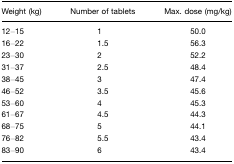
<table><thead><tr><td><b>Weight (kg)</b></td><td><b>Number of tablets</b></td><td><b>Max. dose (mg/kg)</b></td></tr></thead><tbody><tr><td>12–15</td><td>1</td><td>50.0</td></tr><tr><td>16–22</td><td>1.5</td><td>56.3</td></tr><tr><td>23–30</td><td>2</td><td>52.2</td></tr><tr><td>31–37</td><td>2.5</td><td>48.4</td></tr><tr><td>38–45</td><td>3</td><td>47.4</td></tr><tr><td>46–52</td><td>3.5</td><td>45.6</td></tr><tr><td>53–60</td><td>4</td><td>45.3</td></tr><tr><td>61–67</td><td>4.5</td><td>44.3</td></tr><tr><td>68–75</td><td>5</td><td>44.1</td></tr><tr><td>76–82</td><td>5.5</td><td>43.4</td></tr><tr><td>83–90</td><td>6</td><td>43.4</td></tr></tbody></table>